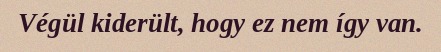
Végül kiderült, hogy ez nem így van.